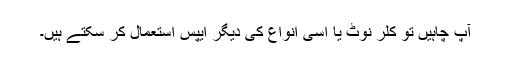
آپ چاہیں تو کلر نوٹ یا اسی انواع کی دیگر ایپس استعمال کر سکتے ہیں۔